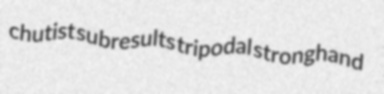
chutist subresults tripodal stronghand